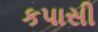
કપાસી